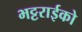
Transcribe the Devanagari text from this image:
भट्टराईको